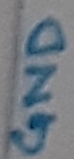
Text: GND